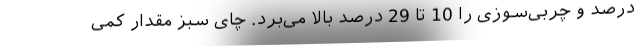
درصد و چربی‌سوزی را 10 تا 29 درصد بالا می‌برد. چای سبز مقدار کمی